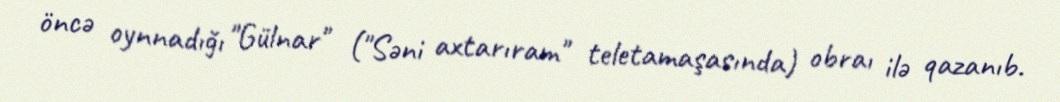
öncə oynnadığı "Gülnar" ("Səni axtarıram" teletamaşasında) obraı ilə qazanıb.